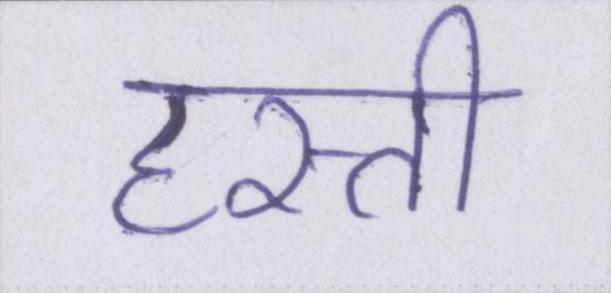
हस्ती